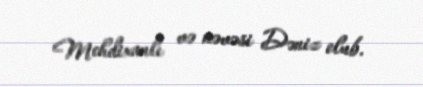
Mehdixanlı və nəvəsi Dəniz olub.